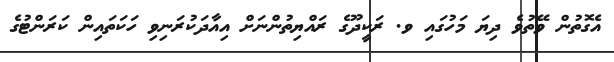
އެގޮތުން ވޭތުވެ ދިޔަ މަހުގައި ވ. ރަކީދޫގެ ރައްޔިތުންނަށް އިއާދަކުރަނިވި ހަކަތައިން ކަރަންޓުގެ